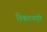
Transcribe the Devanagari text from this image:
विश्वनाथवृत्ति